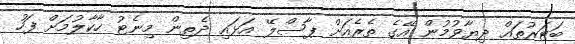
ބަޓަރުތައް ދިޔާވުމުން އޭގެ ތެރެއަށް ޕާސްލޭ އަޅައި ދެތިން މިނެޓު ހާކާލުމަށް ފަހު